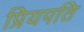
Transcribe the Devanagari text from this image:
प्रियपति